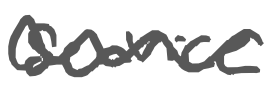
Text: service
Cross-out: wave
Writing tool: digital_gray